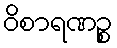
ဝိစာရဏဉ္စ